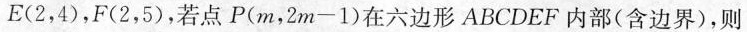
E（2，4），F（2，5），若点P（m,2m-1）在六边形ABCDEF内部（含边界），则